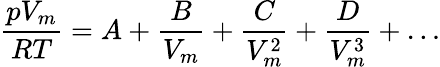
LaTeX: {\frac{pV_{m}}{RT}}=A+{\frac{B}{V_{m}}}+{\frac{C}{V_{m}^{2}}}+{\frac{D}{V_{m}^{3}}}+\dots